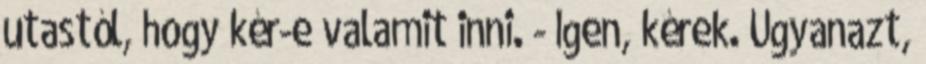
utastól, hogy kér-e valamit inni. - Igen, kérek. Ugyanazt,